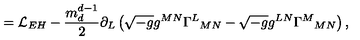
= \mathcal { L } _ { E H } - \frac { m _ { d } ^ { d - 1 } } { 2 } \partial _ { L } \left( \sqrt { - g } g ^ { M N } \Gamma ^ { L } { } _ { M N } - \sqrt { - g } g ^ { L N } \Gamma ^ { M } { } _ { M N } \right) ,